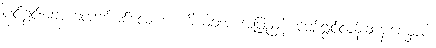
ပင်ဂွင်းချောကလက်မစ်လေးက ကိုယ်ခံအားအပြည့်နဲ့ ပျော်ရွှင်လန်းဆန်းစေမှာပါ